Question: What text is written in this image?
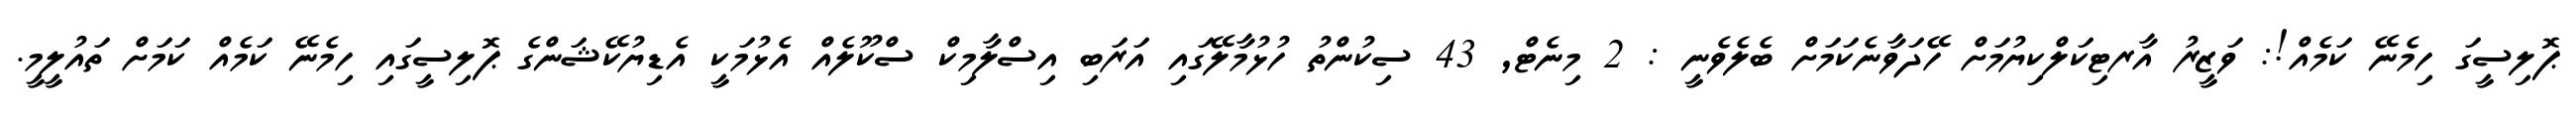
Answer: ޕޮލިސީގަ ހިމެނޭ ކަމެއް!: ވަޒީރު އާރޓިކަލްކިޔުމަށް ހޭދަވާނެކަމަށް ބެލެވެނީ : 2 މިނެޓް, 43 ސިކުންތު ހުޅުމާލޭގައި އަރަބި އިސްލާމިކް ސްކޫލެއް އެޅުމަކީ އެޑިޔުކޭޝަންގެ ޕޮލިސީގައި ހިމެނޭ ކަމެއް ކަމަށް ތައުލީމީ.